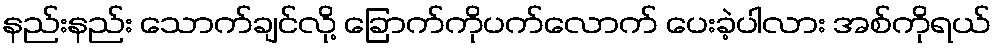
နည်းနည်း သောက်ချင်လို့ ခြောက်ကိုပက်လောက် ပေးခဲ့ပါလား အစ်ကိုရယ်